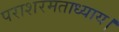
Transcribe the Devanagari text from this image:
पराशरमताध्याय।